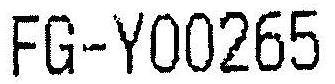
FG-Y00265